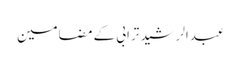
عبدالرشید ترابی کے مضامین